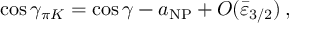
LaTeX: \cos \gamma _ { \pi K } = \cos \gamma - a _ { \mathrm { N P } } + O ( \bar { \varepsilon } _ { 3 / 2 } ) \, ,